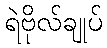
ရဲဗိုလ်ချုပ်